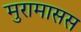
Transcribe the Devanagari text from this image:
मुरामासस